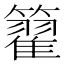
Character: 籊